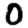
Digit: 0